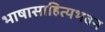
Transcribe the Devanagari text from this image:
भाषासाहित्यभवन